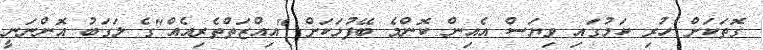
ގޮތަކަށް ހުރި ކަމުގައި ވިޔަސް އެއިން ކޮންމެ ބޭފުޅަކަށް "އިިއްޒަތްތެރިއެއް"ގެ ލަގަބު އޮންނަނީ